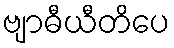
ဗျာဓီယီတိပေ